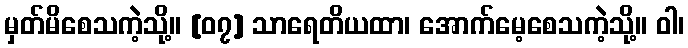
မှတ်မိစေသကဲ့သို့။ [၀၇] သာရေတိယထာ၊ အောက်မေ့စေသကဲ့သို့။ ဝါ၊